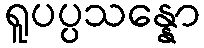
ရူပပ္ပသန္နော